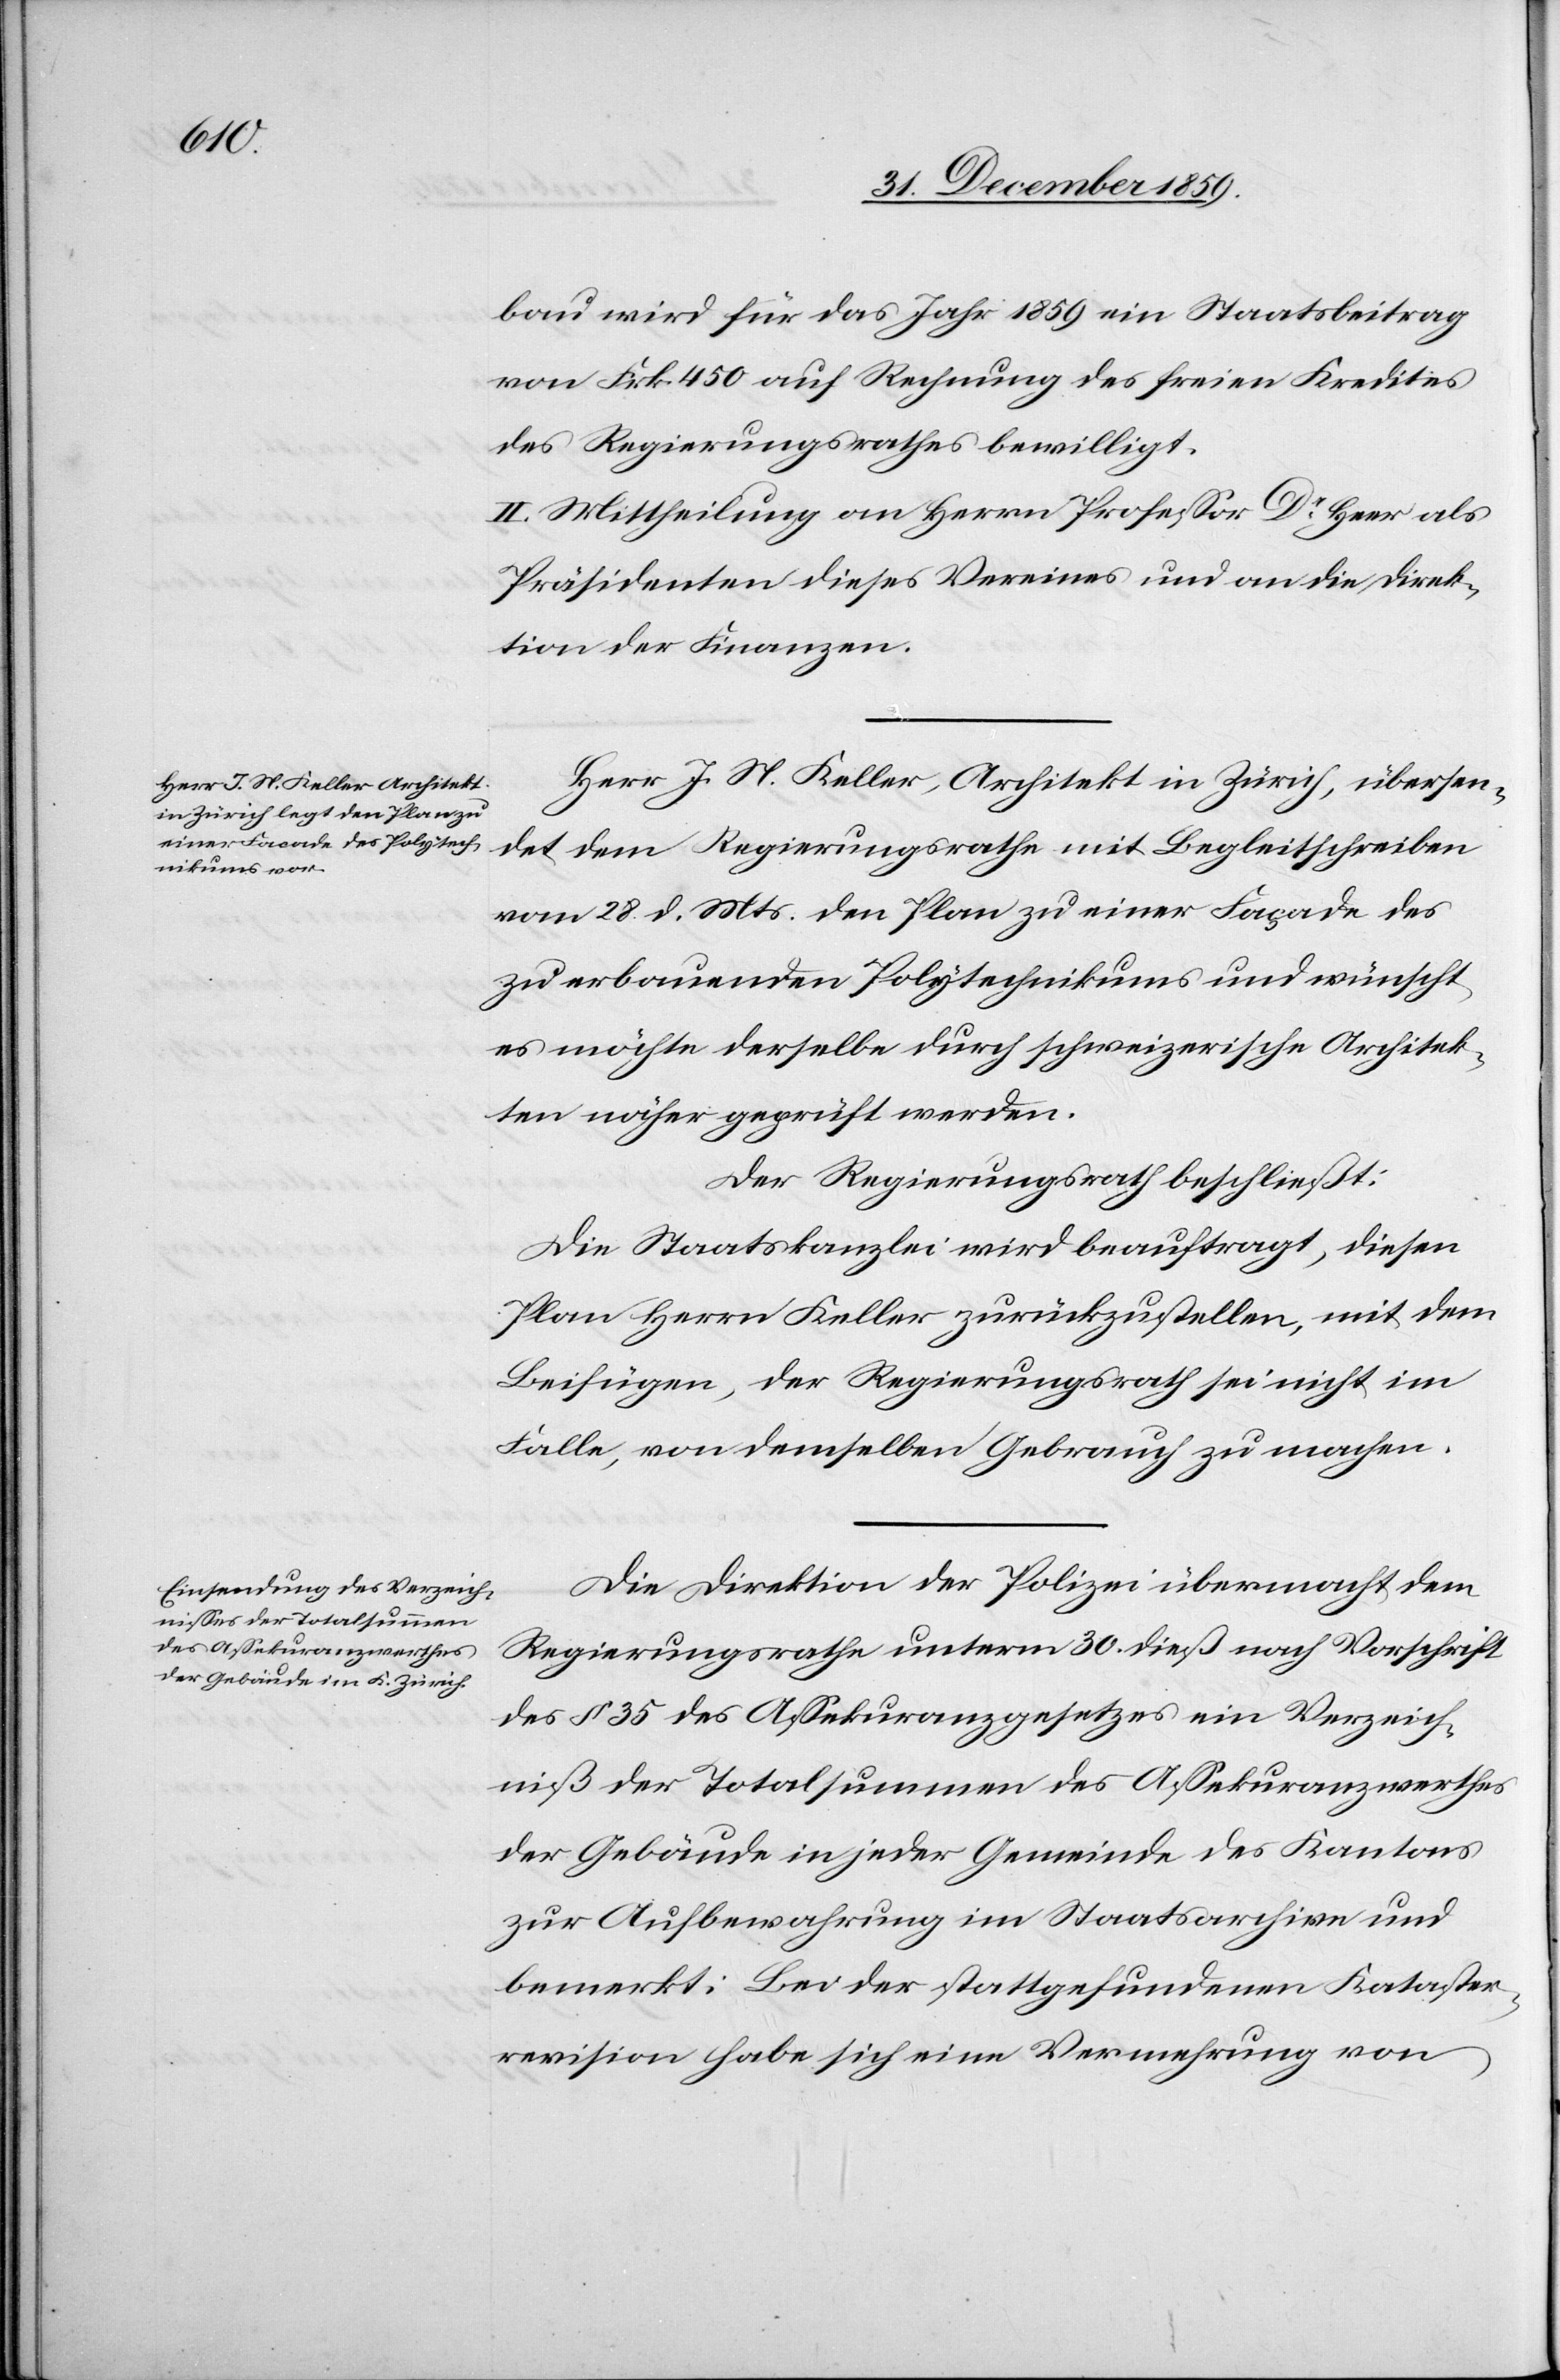
bau wird für das Jahr 1859 ein Staatsbeitrag
von Frk. 450 auf Rechnung des freien Kredites
des Regierungsrathes bewilligt.
II. Mittheilung an Herrn Professor Dr Heer als
Präsidenten dieses Vereines und an die Direk¬
tion der Finanzen.
Herr J. N. Keller, Architekt in Zürich, übersen¬
det dem Regierungsrathe mit Begleitschreiben
vom 28. d. Mts. den Plan zu einer Façade des
zu erbauenden Polytechnikums und wünscht,
es möchte derselbe durch schweizerische Architek¬
ten näher geprüft werden.
Der Regierungsrath beschließt:
Die Staatskanzlei wird beauftragt, diesen
Plan Herrn Keller zurückzustellen, mit dem
Beifügen, der Regierungsrath sei nicht im
Falle, von demselben Gebrauch zu machen.
Die Direktion der Polizei übermacht dem
Regierungsrathe unterm 30. dieß nach Vorschrift
des § 35 des Assekuranzgesetzes ein Verzeich¬
niß der Totalsummen des Assekuranzwerthes
der Gebäude in jeder Gemeinde des Kantons
zur Aufbewahrung im Staatsarchive und
bemerkt: Bei der stattgefundenen Kataster¬
revision habe sich eine Vermehrung von